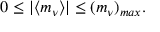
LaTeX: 0 \leq | \langle m _ { \nu } \rangle | \leq ( m _ { \nu } ) _ { m a x } .